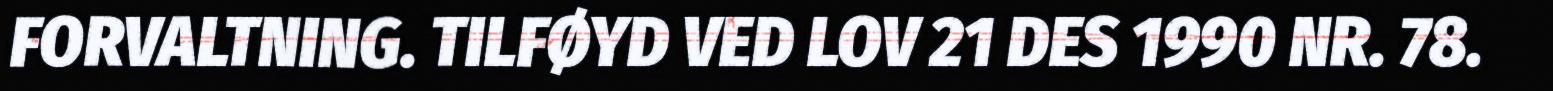
FORVALTNING. TILFØYD VED LOV 21 DES 1990 NR. 78.